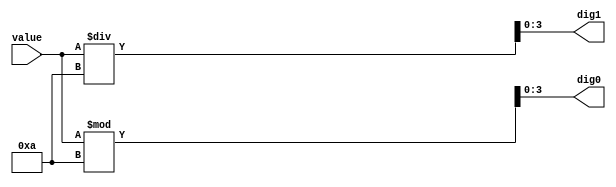
module bin6_to_dec(
input wire [5:0] value,
output reg [3:0] dig0,
output reg [3:0] dig1
);

always @(value)

begin
	dig0 = value % 10;
	dig1 = value / 10;
end
endmodule